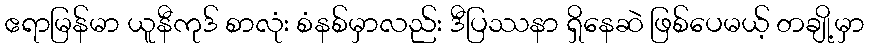
ဧရာမြန်မာ ယူနီကုဒ် စာလုံး စံနစ်မှာလည်း ဒီပြဿနာ ရှိနေဆဲ ဖြစ်ပေမယ့် တချို့မှာ